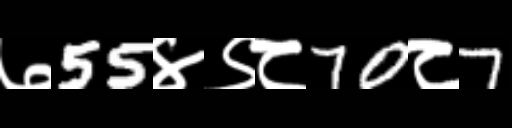
Text: ७55४९८70८7